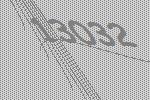
13032